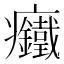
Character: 𱱳